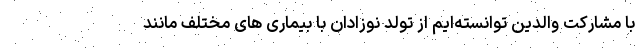
با مشارکت والدین توانسته‌ایم از تولد نوزادان با بیماری های مختلف مانند